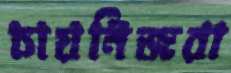
চায়নিজরা